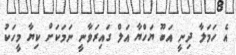
އެ ހަމަލާ ދިނީ އަބޫ ޔަހްޔާ އަލް ގައިރަވާނީ ނަމަކަށް ކިޔާ މީހަކު